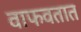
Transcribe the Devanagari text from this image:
वाफवतात